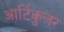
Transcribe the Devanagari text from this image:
आर्टिकुलर